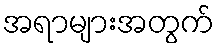
အရာများအတွက်